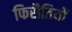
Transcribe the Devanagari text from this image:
फिरौतियों